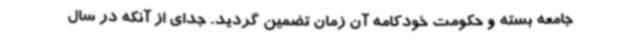
جامعه بسته و حکومت خودکامه آن زمان تضمین گردید. جدای از آنکه در سال